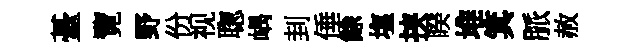
䑓覽野份视聦嵎刲倕餘塩挟睽堆箕脈赦